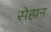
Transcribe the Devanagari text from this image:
सेहान